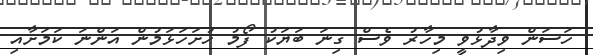
ހަސަން ވިދާޅުވީ މިހާރު ވެސް ގިނަ ބަޔަކު ފޯމު ހުށަހަޅަމުން އަންނަ ކަމަށާއި